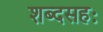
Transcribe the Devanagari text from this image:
शब्दसहः